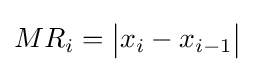
{MR}_{i}={\big |}x_{i}-x_{i-1}{\big |}